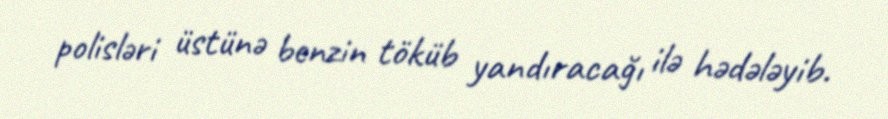
polisləri üstünə benzin töküb yandıracağı ilə hədələyib.